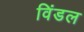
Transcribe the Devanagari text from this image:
विंडल